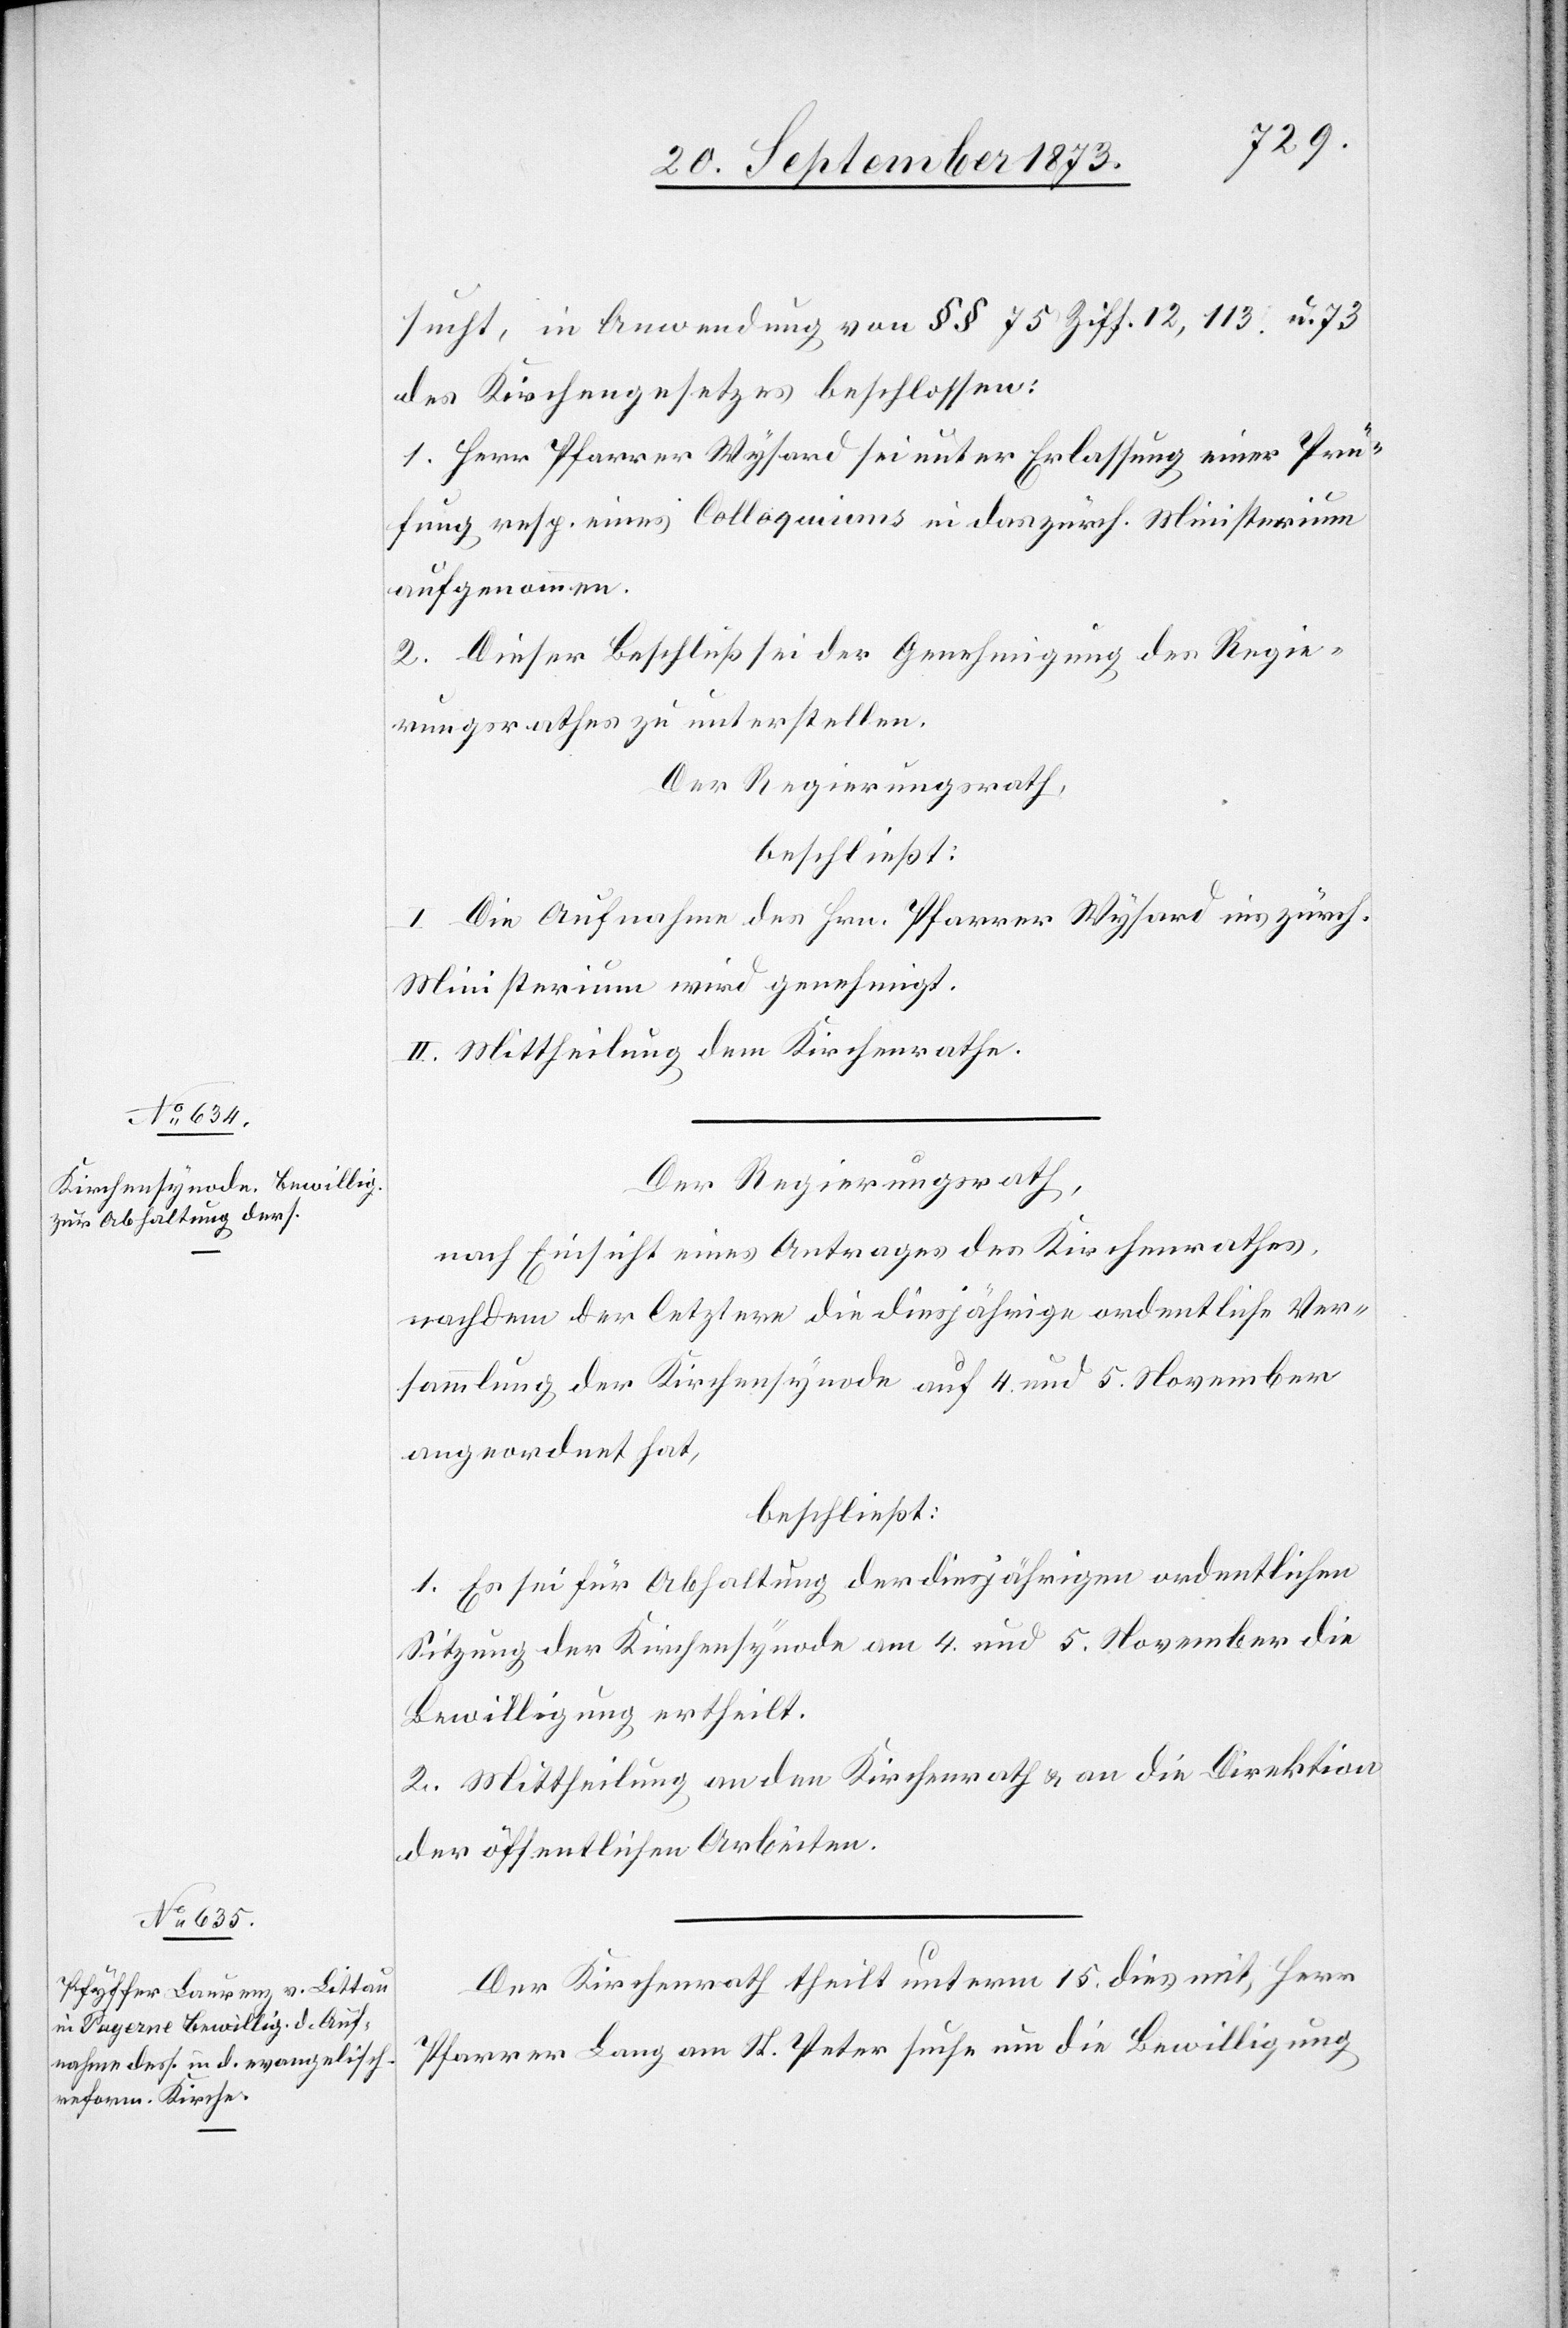
sucht, in Anwendung von §§ 75 Ziff. 12, 113. u. 73
des Kirchengesetzes beschlossen:
1. Herr Pfarrer Wysard sei unter Erlassung einer Prü¬
fung resp. eines Colloquiums in das zürch. Ministerium
aufgenommen.
2. Dieser Beschluß sei der Genehmigung des Regie¬
rungsrathes zu unterstellen.
Der Regierungsrath
beschließt:
I. Die Aufnahme des Hrn. Pfarrer Wysard ins zürch.
Ministerium wird genehmigt.
II. Mittheilung dem Kirchenrathe.
Der Regierungsrath,
nach Einsicht eines Antrages des Kirchenrathes,
nachdem der letztere die diesjährige ordentliche Ver¬
sammlung der Kirchensynode auf 4. und 5. November
angeordnet hat,
beschließt:
1. Es sei für Abhaltung der diesjährigen ordentlichen
Sitzung der Kirchensynode am 4. und 5. November die
Bewilligung ertheilt.
2. Mittheilung an den Kirchenrath & an die Direktion
der öffentlichen Arbeiten.
Der Kirchenrath theilt unterm 15. dies mit, Herr
Pfarrer Lang am St. Peter suche um die Bewilligung